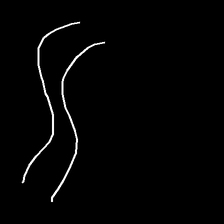
Glyph: float